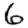
Digit: 6